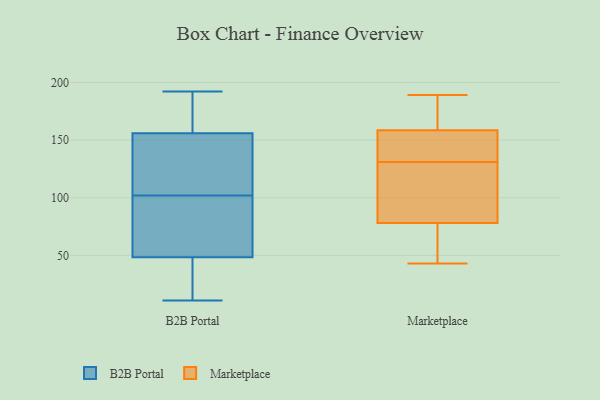
{"axis": {"x": "Bounce Rate (%)", "y": "Value"}, "legend": ["B2B Portal", "Marketplace"], "data": [{"x": "", "y": 140, "type": "B2B Portal"}, {"x": "", "y": 83, "type": "B2B Portal"}, {"x": "", "y": 41, "type": "B2B Portal"}, {"x": "", "y": 19, "type": "B2B Portal"}, {"x": "", "y": 56, "type": "B2B Portal"}, {"x": "", "y": 101, "type": "B2B Portal"}, {"x": "", "y": 192, "type": "B2B Portal"}, {"x": "", "y": 107, "type": "B2B Portal"}, {"x": "", "y": 11, "type": "B2B Portal"}, {"x": "", "y": 29, "type": "B2B Portal"}, {"x": "", "y": 170, "type": "B2B Portal"}, {"x": "", "y": 148, "type": "B2B Portal"}, {"x": "", "y": 62, "type": "B2B Portal"}, {"x": "", "y": 85, "type": "B2B Portal"}, {"x": "", "y": 103, "type": "B2B Portal"}, {"x": "", "y": 151, "type": "B2B Portal"}, {"x": "", "y": 162, "type": "B2B Portal"}, {"x": "", "y": 190, "type": "B2B Portal"}, {"x": "", "y": 24, "type": "B2B Portal"}, {"x": "", "y": 161, "type": "B2B Portal"}, {"x": "", "y": 43, "type": "Marketplace"}, {"x": "", "y": 189, "type": "Marketplace"}, {"x": "", "y": 136, "type": "Marketplace"}, {"x": "", "y": 56, "type": "Marketplace"}, {"x": "", "y": 69, "type": "Marketplace"}, {"x": "", "y": 87, "type": "Marketplace"}, {"x": "", "y": 148, "type": "Marketplace"}, {"x": "", "y": 101, "type": "Marketplace"}, {"x": "", "y": 126, "type": "Marketplace"}, {"x": "", "y": 152, "type": "Marketplace"}, {"x": "", "y": 183, "type": "Marketplace"}, {"x": "", "y": 165, "type": "Marketplace"}]}